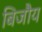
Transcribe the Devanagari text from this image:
बिजौय